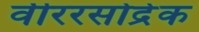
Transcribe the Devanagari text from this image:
वीररसोद्रेक